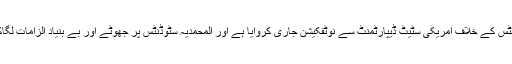
چنانچہ بھارتی لابی نے پراپیگنڈہ کر کے المحمدیہ سٹوڈنٹس کے خلاف امریکی سٹیٹ ڈیپارٹمنٹ سے نوٹفکیشن جاری کروایا ہے اور المحمدیہ سٹوڈنٹس پر جھوٹے اور بے بنیاد الزامات لگاکرپابندی کا حق دار ٹھہرایاگیا ہے ، پاکستان کا مفاد ہے ۔